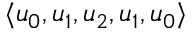
\langle u _ { 0 } , u _ { 1 } , u _ { 2 } , u _ { 1 } , u _ { 0 } \rangle